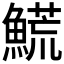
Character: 𩺊